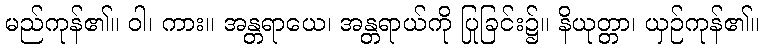
မည်ကုန်၏။ ဝါ၊ ကား။ အန္တရာယေ၊ အန္တရာယ်ကို ပြုခြင်း၌။ နိယုတ္တာ၊ ယှဉ်ကုန်၏။